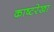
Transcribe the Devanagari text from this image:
काष्टरेखा